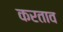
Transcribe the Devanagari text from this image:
करताव